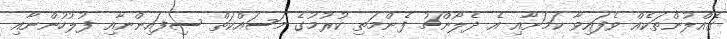
ގެއްލުންތަކެއް ވެފައިވާ ކަމަށާއި އެ ދެލޯންޗު ފެންމަތި ކުރުމުގެ މަސައްކަތް ސިފައިންނާއި ފުލުހުންނާއި